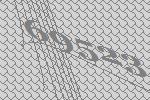
69523